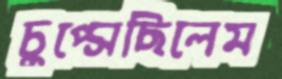
চুপ্‌সেছিলেম